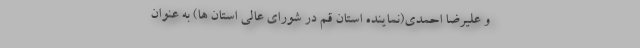
و علیرضا احمدی(نماینده استان قم در شورای عالی استان ها) به عنوان